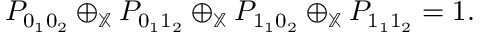
\begin{array} { r } { P _ { 0 _ { 1 } 0 _ { 2 } } \oplus _ { \mathbb { X } } P _ { 0 _ { 1 } 1 _ { 2 } } \oplus _ { \mathbb { X } } P _ { 1 _ { 1 } 0 _ { 2 } } \oplus _ { \mathbb { X } } P _ { 1 _ { 1 } 1 _ { 2 } } = 1 . } \end{array}